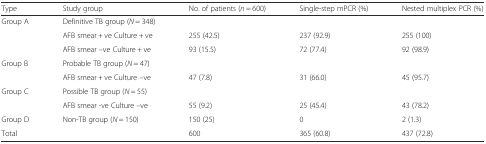
<table><thead><tr><td><b>Type</b></td><td><b>Study group</b></td><td><b>No. of patients (<i>n</i> = 600)</b></td><td><b>Single-step mPCR (%)</b></td><td><b>Nested multiplex PCR (%)</b></td></tr></thead><tbody><tr><td rowspan="3">Group A</td><td>Definitive TB group (<i>N</i> = 348)</td><td></td><td></td><td></td></tr><tr><td>AFB smear + ve Culture + ve</td><td>255 (42.5)</td><td>237 (92.9)</td><td>255 (100)</td></tr><tr><td>AFB smear –ve Culture + ve</td><td>93 (15.5)</td><td>72 (77.4)</td><td>92 (98.9)</td></tr><tr><td rowspan="2">Group B</td><td>Probable TB group (<i>N</i> = 47)</td><td></td><td></td><td></td></tr><tr><td>AFB smear + ve Culture –ve</td><td>47 (7.8)</td><td>31 (66.0)</td><td>45 (95.7)</td></tr><tr><td rowspan="2">Group C</td><td>Possible TB group (<i>N</i> = 55)</td><td></td><td></td><td></td></tr><tr><td>AFB smear -ve Culture –ve</td><td>55 (9.2)</td><td>25 (45.4)</td><td>43 (78.2)</td></tr><tr><td>Group D</td><td>Non-TB group (<i>N</i> = 150)</td><td>150 (25)</td><td>0</td><td>2 (1.3)</td></tr><tr><td>Total</td><td></td><td>600</td><td>365 (60.8)</td><td>437 (72.8)</td></tr></tbody></table>